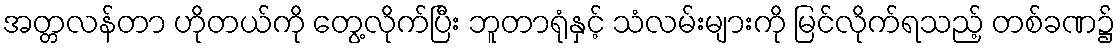
အတ္တလန်တာ ဟိုတယ်ကို တွေ့လိုက်ပြီး ဘူတာရုံနှင့် သံလမ်းများကို မြင်လိုက်ရသည့် တစ်ခဏ၌